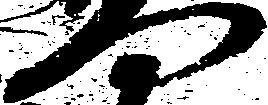
門